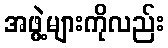
အဖွဲ့များကိုလည်း